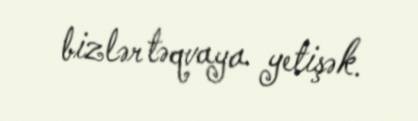
bizlər təqvaya yetişək.